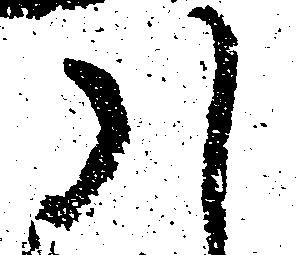
ハ